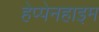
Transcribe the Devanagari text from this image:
हेप्पेनहाइम